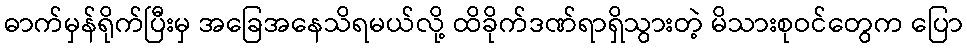
ဓာက်မှန်ရိုက်ပြီးမှ အခြေအနေသိရမယ်လို့ ထိခိုက်ဒဏ်ရာရှိသွားတဲ့ မိသားစုဝင်တွေက ပြော